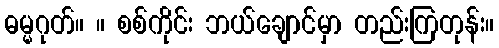
ဓမ္မဂုတ်။ ။ စစ်ကိုင်း ဘယ်ချောင်မှာ တည်းကြတုန်း။